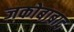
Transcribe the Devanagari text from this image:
जकोबाबाद